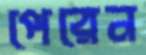
পেরেন